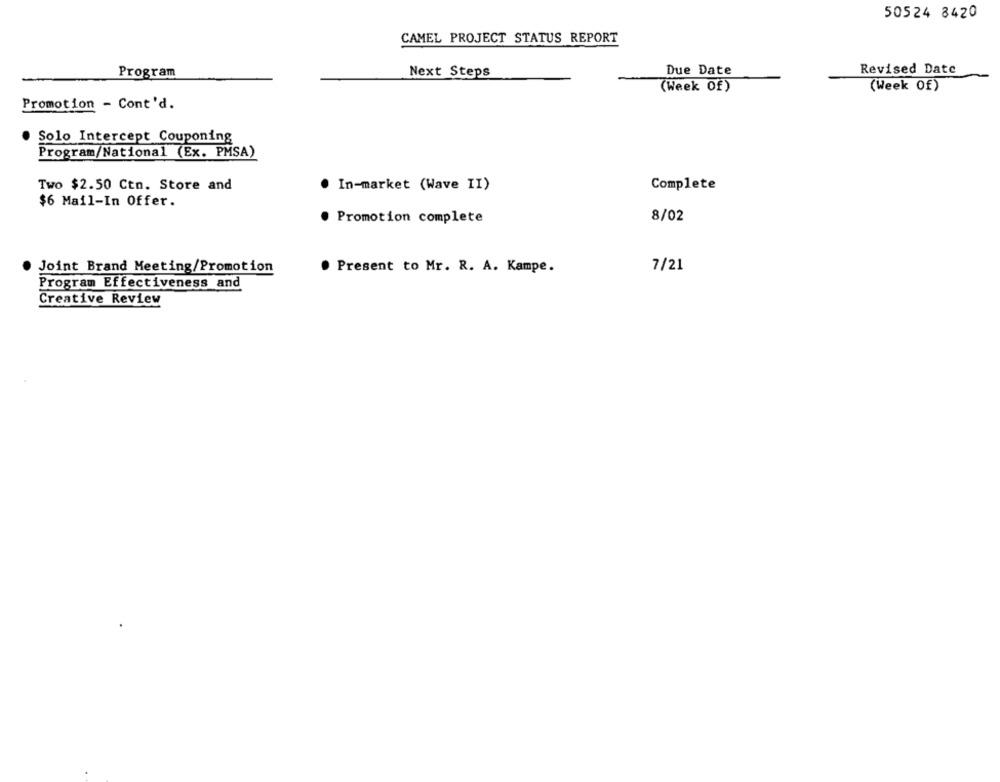
50524 8420
CAMEL PROJECT STATUS REPORT
Revised Date
Program
Next Steps
Due Date
(Week Of)
(Week Of)
Promotion - Cont'd.
Solo Intercept Couponing
Program/National (Ex. PMSA)
Two $2.50 Ctn. Store and
In-market (Wave II)
Complete
$6 Mail-In Offer.
Promotion complete
8/02
7/21
Joint Brand Meeting/Promotion
. Present to Mr. R. A. Kampe.
Program Effectiveness and
Creative Review